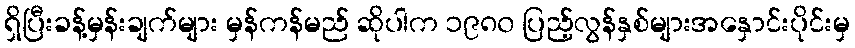
ရှိပြီးခန့်မှန်းချက်များ မှန်ကန်မည် ဆိုပါက ၁၉၈၀ ပြည့်လွန်နှစ်များအနှောင်းပိုင်းမှ